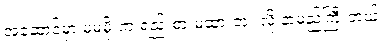
အဆောင်မှာ မမမိုးက ရည်းစားမထားဘူး လို့ နာမည်ကြီးတယ်။